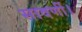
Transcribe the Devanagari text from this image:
सावर्णी।